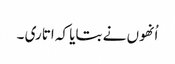
اُنھوں نے بتایا کہ اتاری ۔